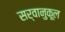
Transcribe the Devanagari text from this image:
सर्वानुकूल